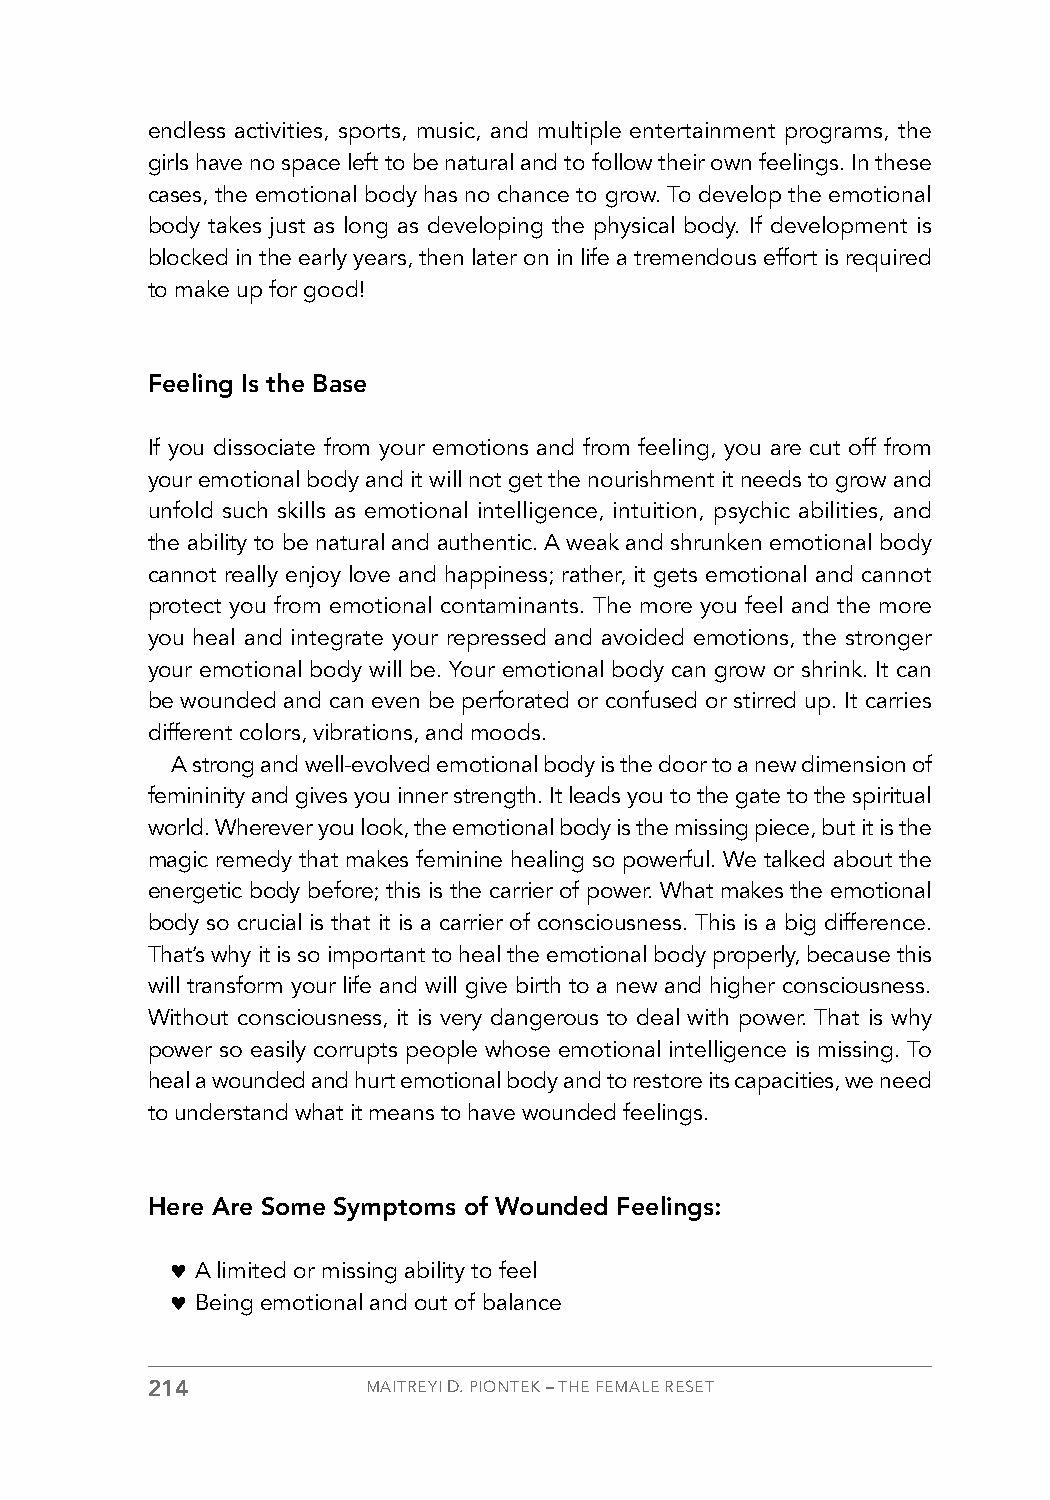
endless activities, sports, music, and multiple entertainment programs, the
 girls have no space left to be natural and to follow their own feelings. In these
 cases, the emotional body has no chance to grow. To develop the emotional
 body takes just as long as developing the physical body. If development is
 blocked in the early years, then later on in life a tremendous effort is required
 to make up for good!
 Feeling Is the Base
 If you dissociate from your emotions and from feeling, you are cut off from
 your emotional body and it will not get the nourishment it needs to grow and
 unfold such skills as emotional intelligence, intuition, psychic abilities, and
 the ability to be natural and authentic. A weak and shrunken emotional body
 cannot really enjoy love and happiness; rather, it gets emotional and cannot
 protect you from emotional contaminants. The more you feel and the more
 you heal and integrate your repressed and avoided emotions, the stronger
 your emotional body will be. Your emotional body can grow or shrink. It can
 be wounded and can even be perforated or confused or stirred up. It carries
 different colors, vibrations, and moods.
 A strong and well-evolved emotional body is the door to a new dimension of
 femininity and gives you inner strength. It leads you to the gate to the spiritual
 world. Wherever you look, the emotional body is the missing piece, but it is the
 magic remedy that makes feminine healing so powerful. We talked about the
 energetic body before; this is the carrier of power. What makes the emotional
 body so crucial is that it is a carrier of consciousness. This is a big difference.
 That’s why it is so important to heal the emotional body properly, because this
 will transform your life and will give birth to a new and higher consciousness.
 Without consciousness, it is very dangerous to deal with power. That is why
 power so easily corrupts people whose emotional intelligence is missing. To
 heal a wounded and hurt emotional body and to restore its capacities, we need
 to understand what it means to have wounded feelings.
 Here Are Some Symptoms of Wounded Feelings:
 ♥ A limited or missing ability to feel
 ♥ Being emotional and out of balance
 214           MAITREYI D. PIONTEK – THE FEMALE RESET